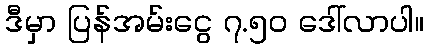
ဒီမှာ ပြန်အမ်းငွေ ၇.၅၀ ဒေါ်လာပါ။